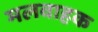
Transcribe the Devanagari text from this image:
मलवाहक